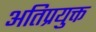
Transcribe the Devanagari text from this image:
अतिप्रयुक्त